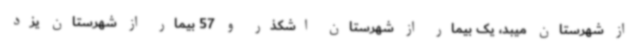
از شهرستان میبد، یک بیمار از شهرستان اشکذر و 57 بیمار از شهرستان یزد